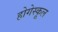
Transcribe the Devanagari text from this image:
होगेस्कूल